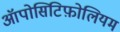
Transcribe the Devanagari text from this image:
ऑपोसिटिफ़ोलियम